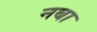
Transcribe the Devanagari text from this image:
नबा